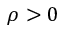
\rho > 0